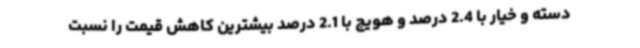
دسته و خیار با 2.4 درصد و هویج با 2.1 درصد بیشترین کاهش قیمت را نسبت